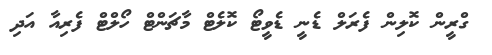
ގްރީން ކޮލިން ފެރަލް ޑެނީ ޑެވީޓޯ ކޮލެޓްް މާޗަންޓް ހޯލްޓް ފެރިއާ އަދި